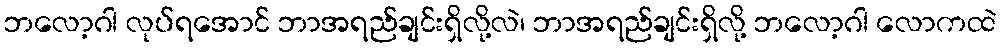
ဘလော့ဂါ လုပ်ရအောင် ဘာအရည်ချင်းရှိလို့လဲ၊ ဘာအရည်ချင်းရှိလို့ ဘလော့ဂါ လောကထဲ